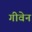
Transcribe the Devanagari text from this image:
गीवेन